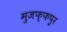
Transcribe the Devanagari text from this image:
मुजफ्फपुर